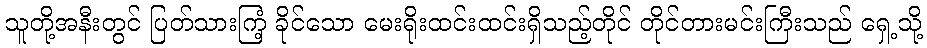
သူတို့အနီးတွင် ပြတ်သားကြံ့ ခိုင်သော မေးရိုးထင်းထင်းရှိသည့်တိုင် တိုင်တားမင်းကြီးသည် ရှေ့သို့